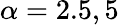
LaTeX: \alpha=2.5,5